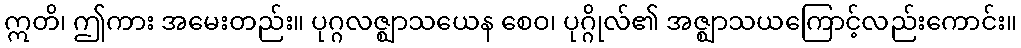
ဣတိ၊ ဤကား အမေးတည်း။ ပုဂ္ဂလဇ္ဈာသယေန စေဝ၊ ပုဂ္ဂိုလ်၏ အဇ္ဈာသယကြောင့်လည်းကောင်း။